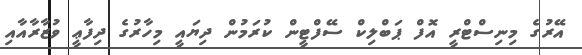
އޭރުގެ މިނިސްޓްރީ އޮފް ޕަބްލިކް ސޭފްޓީން ކުރަމުން ދިޔައީ މިހާރުގެ ދިފާޢީ ވުޒާރާއާއި